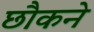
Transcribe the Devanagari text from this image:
छौकने